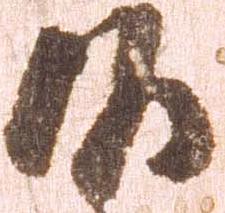
頭